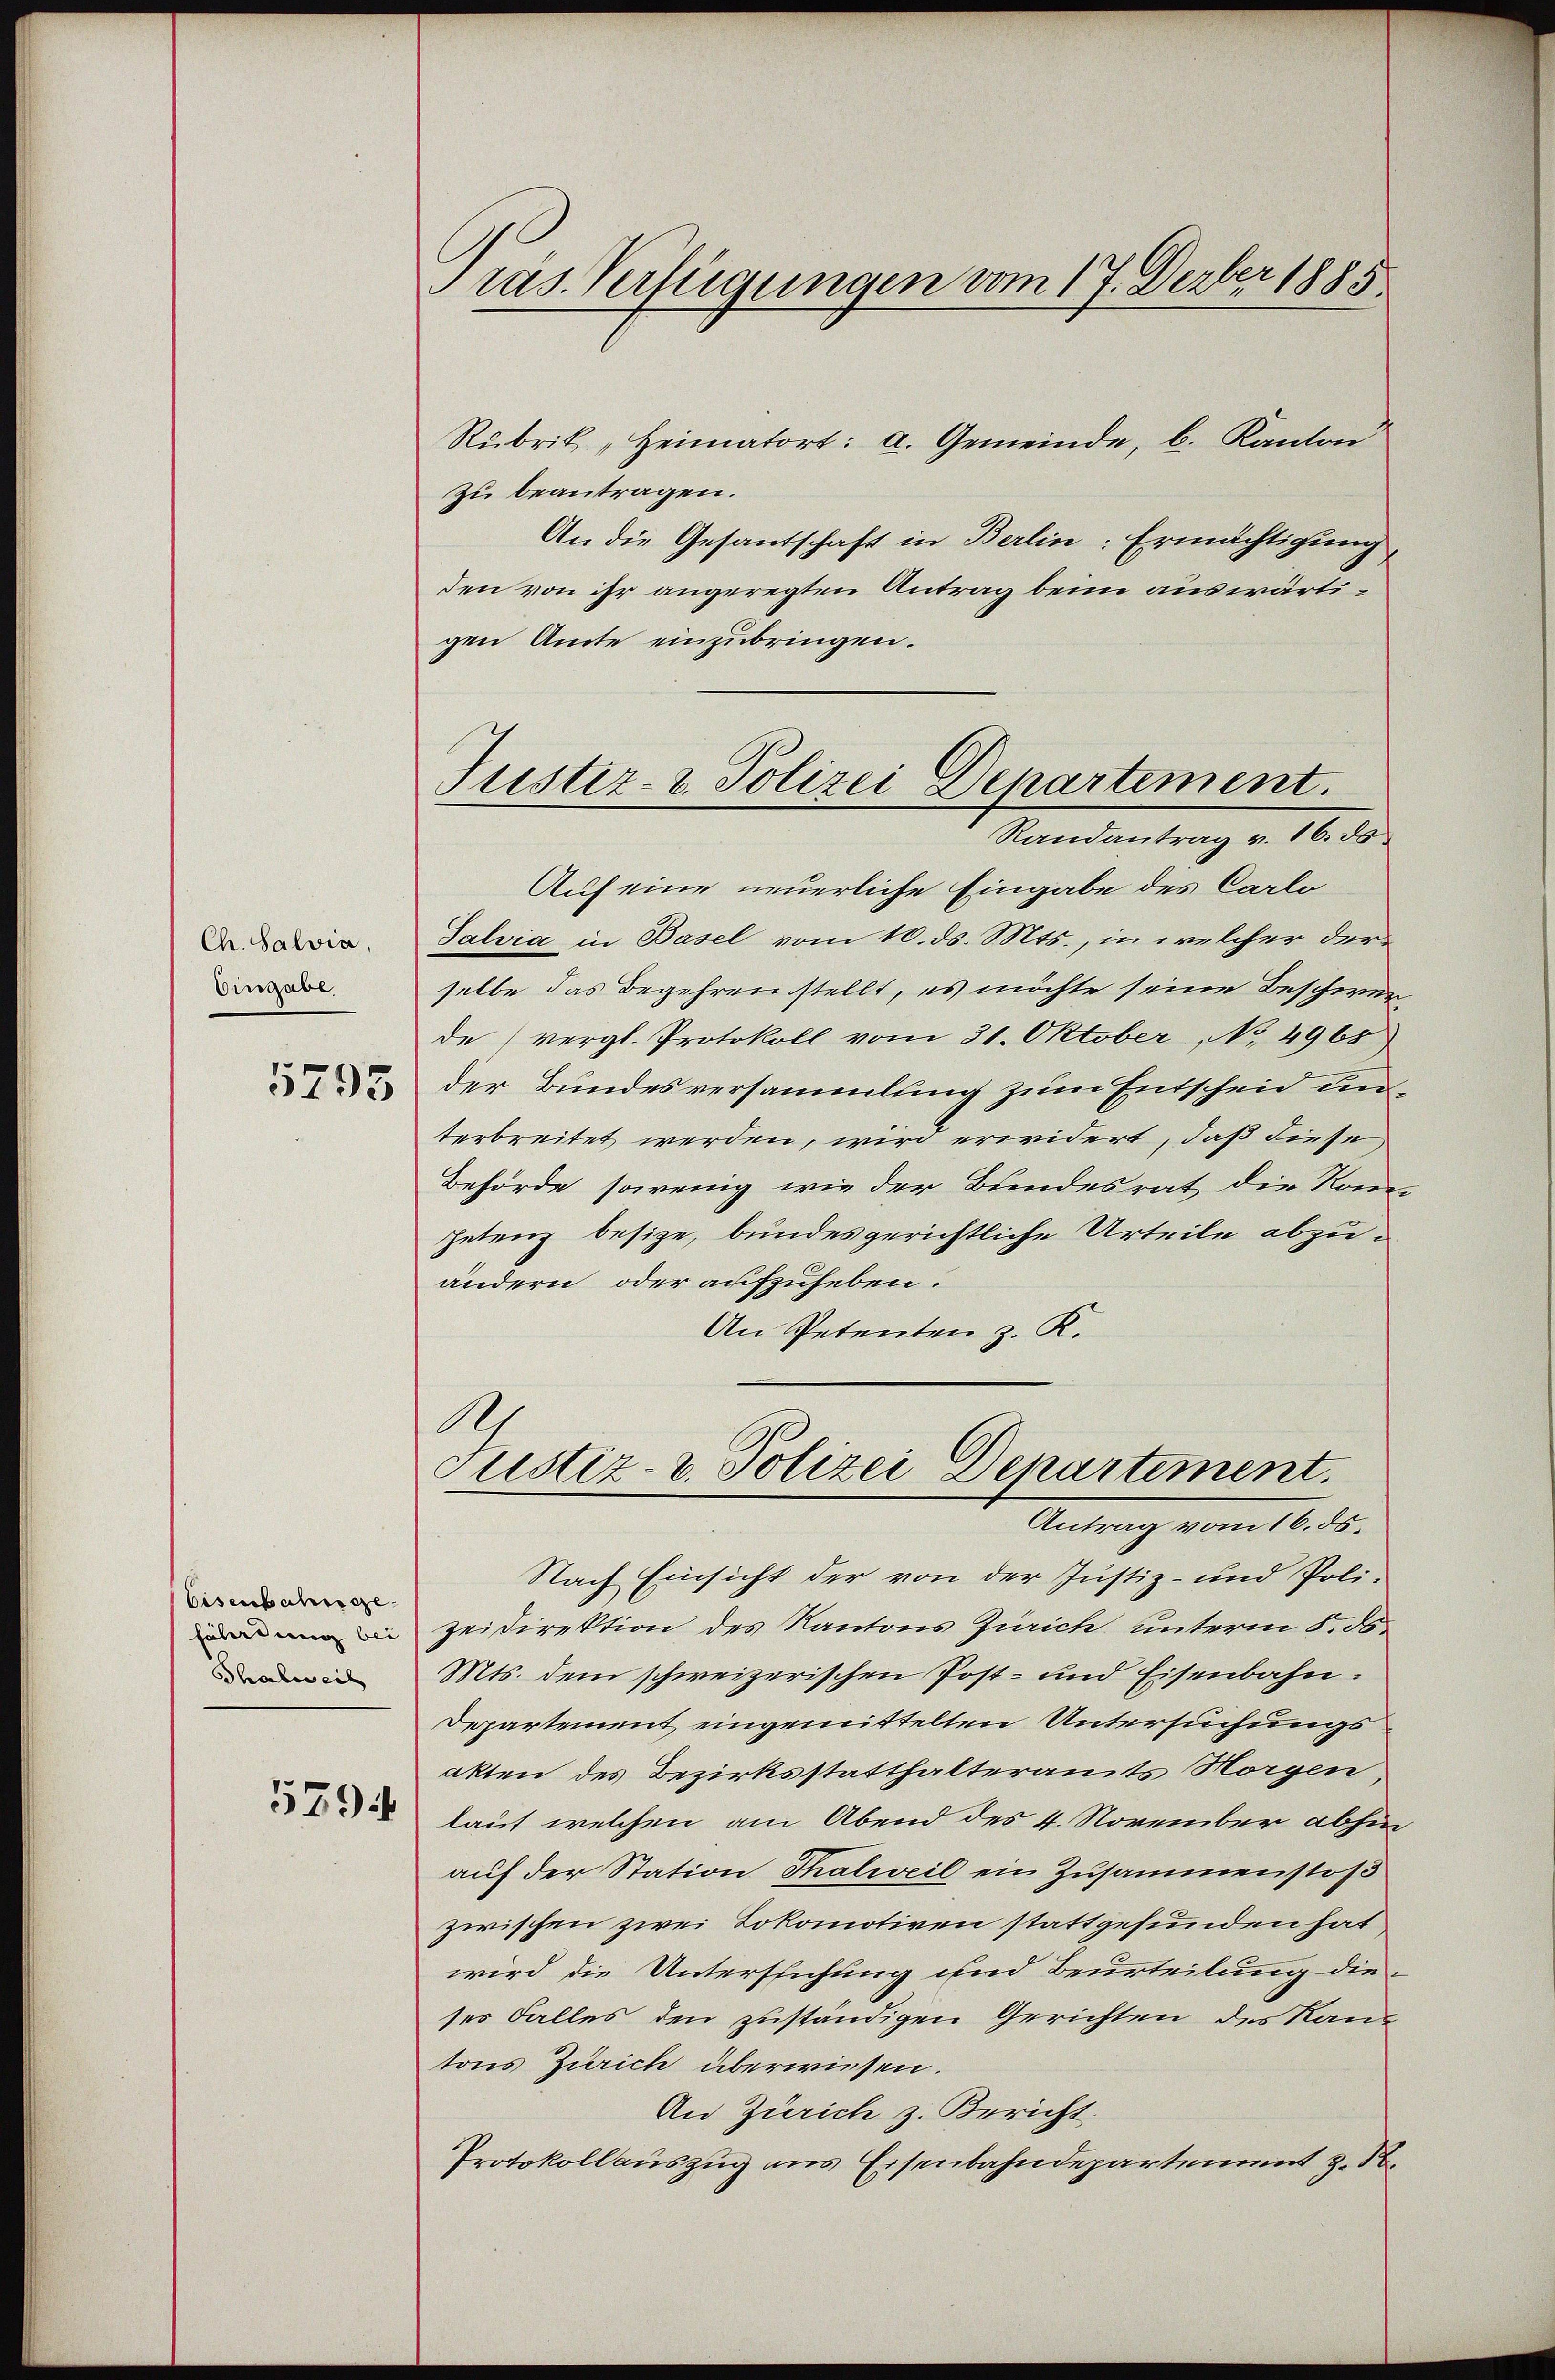
Ch. Salvia,
Eingabe

5795

Eisenbahnge
fährdung bei
Thalweil

5794

Pras. Verfügungen vom 17. Derber 1885

Rubrik „Heimatort: a. Gemeinde, b. Kanton
zu beantragen.
An die Gesantschaft in Berlin: Ermächtigung
den von ihr angeregten Antrag beim auswärtigen Amte einzubringen.
Randantrag v. 16. ds
Auf eine neuerliche Eingabe des Carlo
Salvia in Basel vom 10. ds. Mts., in welcher derselbe das Begehren stellt, es möchte seine Beschwerde (vergl. Protokoll vom 31. Oktober, No 4965
der Bundesversammlung zum Entscheid unterbreitet werden, wird erwidert, daß diese
Behörde sowenig wie der Bundesrat die Nom
petenz besize, bundesgerichtliche Urteile abzuändern oder aufzuheben.
An Petenten z. K.
A
Justiz- u. Polizei Departement.
Antrag vom 16. ds.
Nach Einsicht der von der Justiz- und Poli-
zeidirektion des Kantons Zürich unterm 5. 56
Mts. dem schweizerischen Post- und Eisenbahn.
Departement eingemittelten Untersuchungs
akten des Bezirksstatthalteramts Horgen,
lauf welchen am Abend des 4. November abhin
aŭf der Station Thalweil ein Zusammenstof
zwischen zwei Lokomotiven stattgefunden hat
wird die Untersuchung und Beurteilung dieses Falles den zuständigen Gerichten des Kanz
tons Zürich überwiesen.
An Zürich z. Bericht.
Protokollauszug aus Eisenbahndepartement z. B.

Justiz- & Polizei Departement.